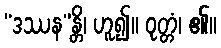
“ဒဿန”န္တိ၊ ဟူ၍။ ဝုတ္တံ၊ ၏။